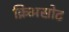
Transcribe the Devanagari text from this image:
क्रिअसोट